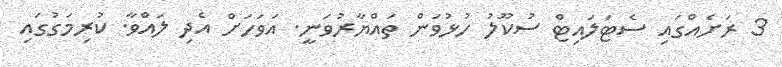
3 ރަށެއްގައި ސެޓަލައިޓް ސުކޫލު ހުޅުވަން ތައްޔާރުވަނީ. އަވަހަށް އެދި ލައްވާ. ކުރިމަގުގައި